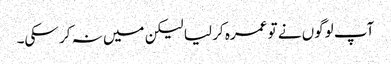
آپ لوگوں نے تو عمرہ کر لیا لیکن میں نہ کر سکی۔